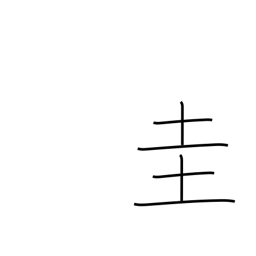
Meaning: square jewel